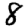
Digit: 8